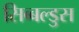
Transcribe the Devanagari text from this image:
सिब्बल्डुस